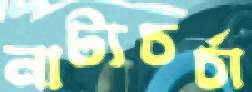
নাট্যচর্চা